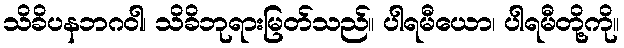
သိခိပနဘဂဝါ၊ သိခိဘုရားမြတ်သည်။ ပါရမီယော၊ ပါရမီတို့ကို။